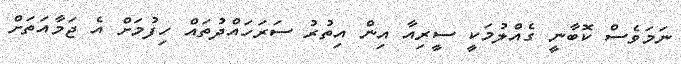
ނަމަވެސް ކޮބާނީ ގެއްލުމަކީ ސީރިއާ އިން އިތުރު ސަރަހައްދުތައް ހިފުމަށް އެ ޖަމާއަތަށް